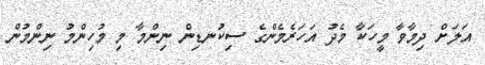
އަލަށް ދިމާވާ މީހަކާ މެދު އަހަރެމެންގެ ސިކުނޑިން ނިންމާ މި މުހިންމު ނިންމުން